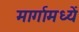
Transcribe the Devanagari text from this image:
मार्गामध्यें